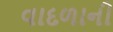
વાદળાની